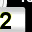
Digit: 2